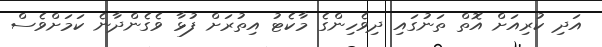
އަދި ކުރިއަށް އޮތް ތަނުގައި ދިވެހިންގެ މާކެޓު އިތުރަށް ފުޅާ ވެގެންދާނެ ކަމަށްވެސް